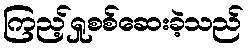
ကြည့်ရှုစစ်ဆေးခဲ့သည်